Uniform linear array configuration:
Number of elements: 12
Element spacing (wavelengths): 0.75
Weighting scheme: exponential
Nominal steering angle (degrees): -60
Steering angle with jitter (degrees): -58.572
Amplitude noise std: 0.05
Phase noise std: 0.05

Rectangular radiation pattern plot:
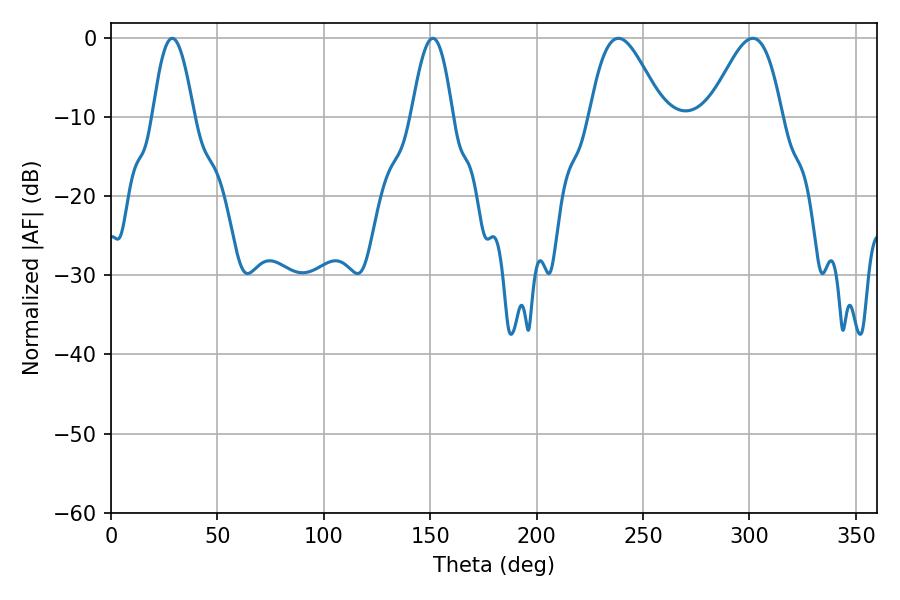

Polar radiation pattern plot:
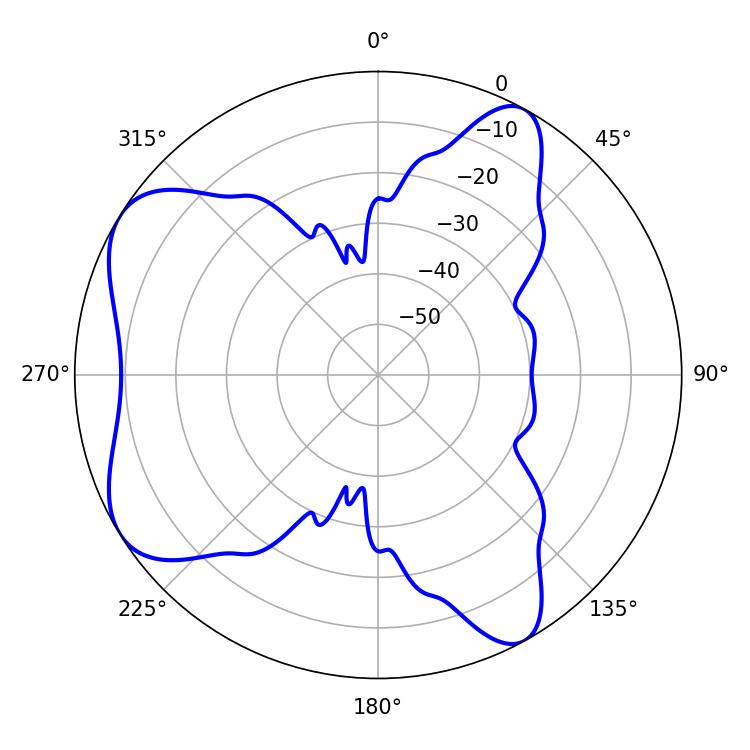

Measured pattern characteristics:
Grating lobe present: TRUE
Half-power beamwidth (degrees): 10.44
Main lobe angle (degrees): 28.8